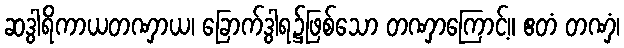
ဆဒွါရိကာယတဏှာယ၊ ခြောက်ဒွါရ၌ဖြစ်သော တဏှာကြောင့်။ ဧတံ တဏှံ၊